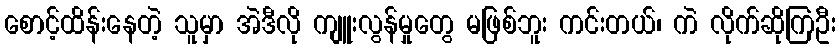
စောင့်ထိန်းနေတဲ့ သူမှာ အဲဒီလို ကျူးလွန်မှုတွေ မဖြစ်ဘူး ကင်းတယ်၊ ကဲ လိုက်ဆိုကြဦး